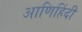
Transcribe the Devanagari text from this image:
आणिहिंदी